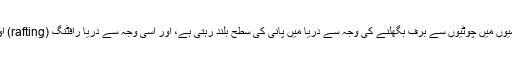
دریا کشتی رانی کے لیے بہت شہرت رکھتا ہے، کیونکہ گرمیوں میں چوٹیوں سے برف بگھلنے کی وجہ سے دریا میں پانی کی سطح بلند رہتی ہے، اور اسی وجہ سے دریا رافٹنگ (rafting) اور کایاکنگ (kayaking) کے کھلاڑیوں کو مدعو کرتا ہے۔